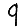
Digit: 9